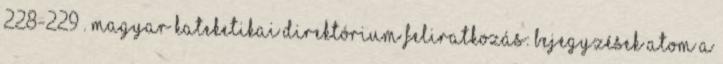
228-229 . Magyar Kateketikai Direktórium Feliratkozás: Bejegyzések Atom A